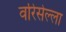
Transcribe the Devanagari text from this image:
वरिसेल्ला